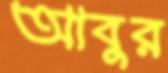
আবুর